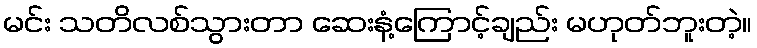
မင်း သတိလစ်သွားတာ ဆေးနံ့ကြောင့်ချည်း မဟုတ်ဘူးတဲ့။